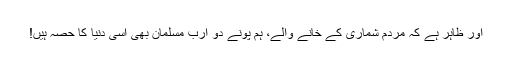
اور ظاہر ہے کہ مردم شماری کے خانے والے، ہم پونے دو ارب مسلمان بھی اِسی دُنیا کا حصہ ہیں!